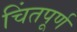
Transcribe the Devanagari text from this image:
चिंतपूर्ण